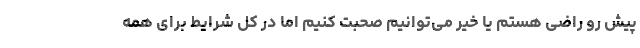
پیش رو راضی هستم یا خیر می‌توانیم صحبت کنیم اما در کل شرایط برای همه